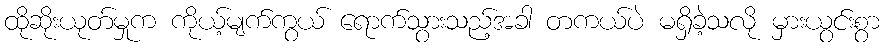
ထိုဆိုးယုတ်မှုက ကိုယ့်မျက်ကွယ် ရောက်သွားသည့်အခါ တကယ်ပဲ မရှိခဲ့သလို မှားယွင်းစွာ